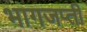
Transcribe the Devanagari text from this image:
भागजप्ती